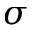
\sigma